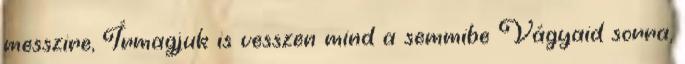
messzire, Írmagjuk is vesszen mind a semmibe Vágyaid sorra,